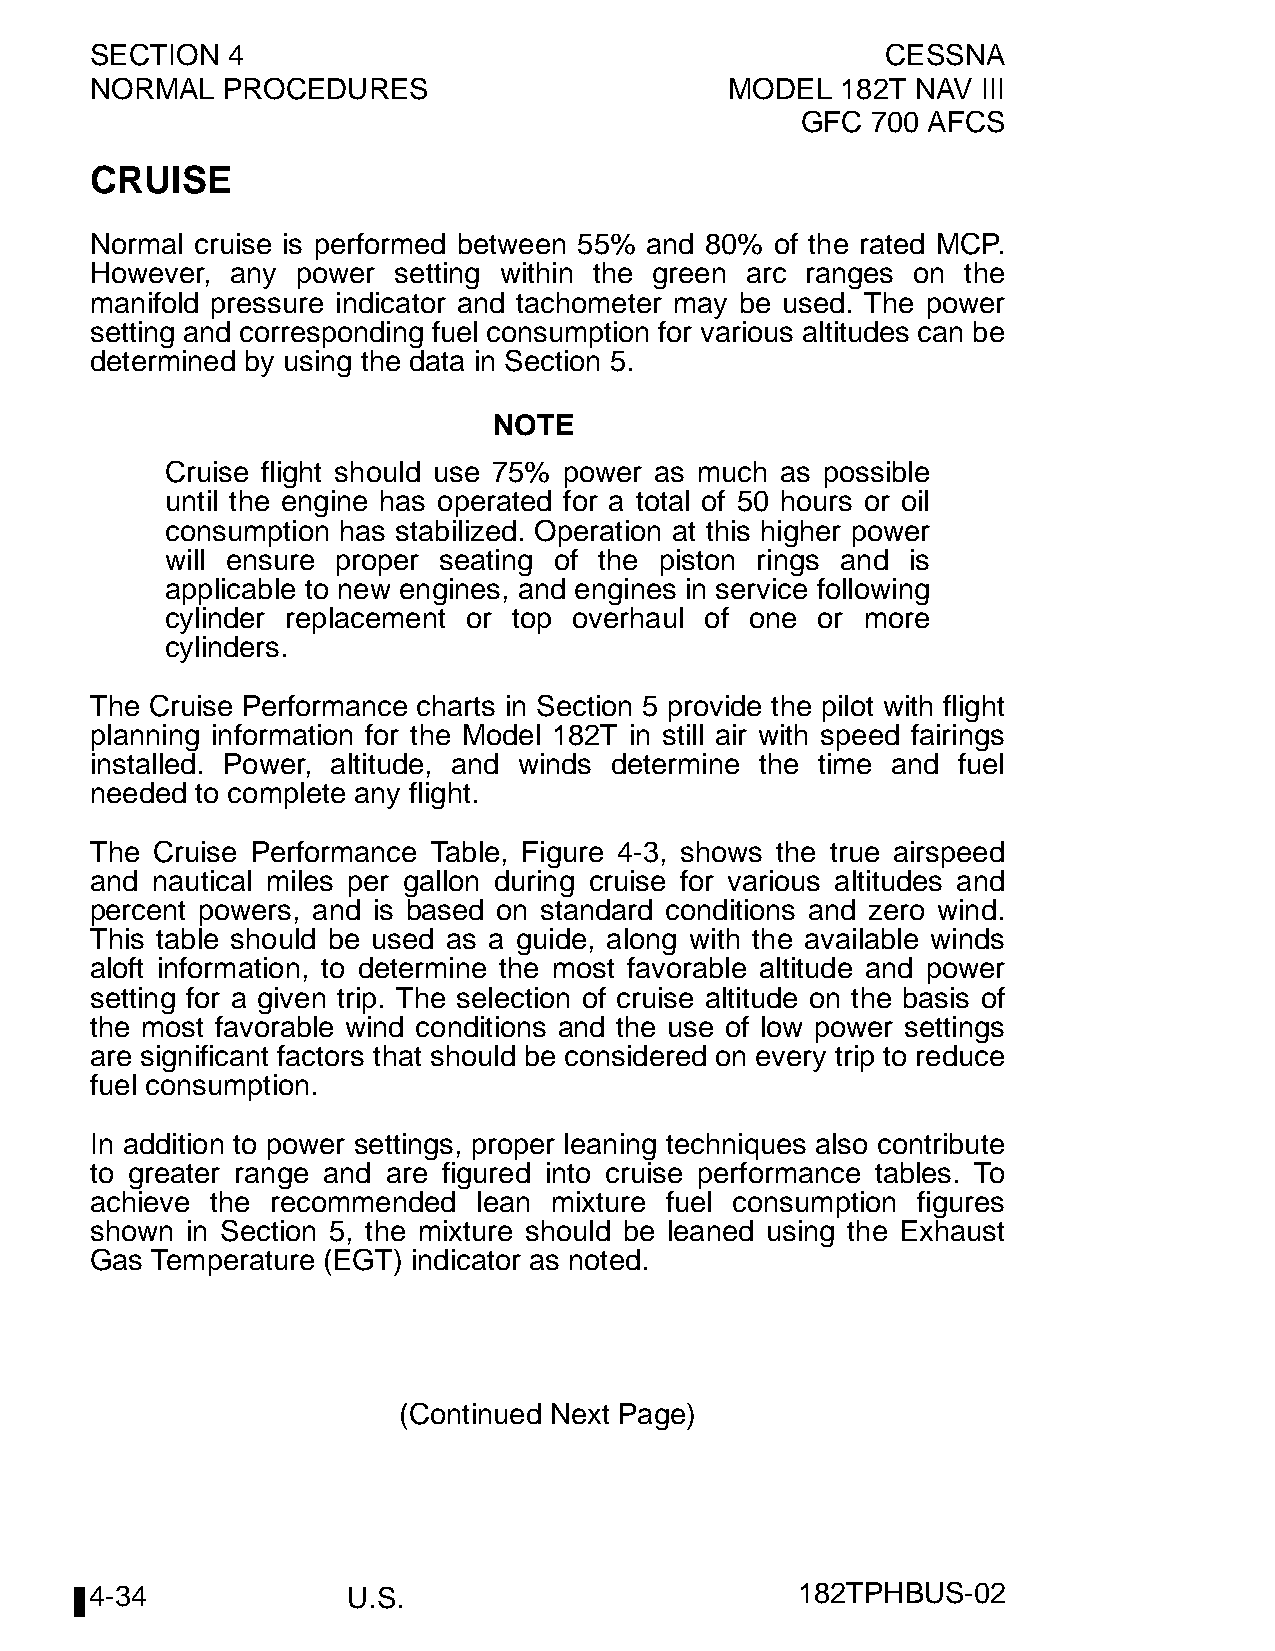
SECTION  4                                           CESSNA
 NORMAL   PROCEDURES                       MODEL   182T NAV III
 GFC  700 AFCS
 CRUISE
 Normal cruise is performed between 55% and 80% of the rated MCP.
 However, any  power setting within the green arc ranges on the
 manifold pressure indicator and tachometer may be used. The power
 setting and corresponding fuel consumption for various altitudes can be
 determined by using the data in Section 5.
 NOTE
 Cruise flight should use 75% power as much as possible
 until the engine has operated for a total of 50 hours or oil
 consumption has stabilized. Operation at this higher power
 will ensure proper seating of the piston rings and is
 applicable to new engines, and engines in service following
 cylinder replacement or top overhaul of one or more
 cylinders.
 The Cruise Performance charts in Section 5 provide the pilot with flight
 planning information for the Model 182T in still air with speed fairings
 installed. Power, altitude, and winds determine the time and fuel
 needed to complete any flight.
 The Cruise Performance Table, Figure 4-3, shows the true airspeed
 and nautical miles per gallon during cruise for various altitudes and
 percent powers, and is based on standard conditions and zero wind.
 This table should be used as a guide, along with the available winds
 aloft information, to determine the most favorable altitude and power
 setting for a given trip. The selection of cruise altitude on the basis of
 the most favorable wind conditions and the use of low power settings
 are significant factors that should be considered on every trip to reduce
 fuel consumption.
 In addition to power settings, proper leaning techniques also contribute
 to greater range and are figured into cruise performance tables. To
 achieve the recommended   lean mixture fuel consumption figures
 shown in Section 5, the mixture should be leaned using the Exhaust
 Gas Temperature (EGT) indicator as noted.
 (Continued Next Page)
 4-34             U.S.                          182TPHBUS-02